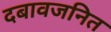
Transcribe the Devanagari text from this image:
दबावजनित